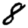
Digit: 8